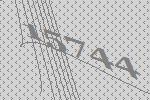
15744